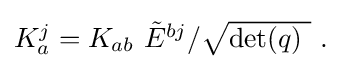
{\textstyle K_{a}^{j}=K_{ab}\ {\tilde {E}}^{bj}/{\sqrt {\det(q)\ }}~.}